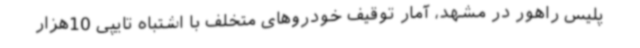
پلیس راهور در مشهد، آمار توقیف خودروهای متخلف با اشتباه تایپی 10هزار